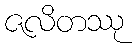
ဇလိတဿု